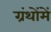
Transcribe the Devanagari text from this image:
ग्रंथोंमें